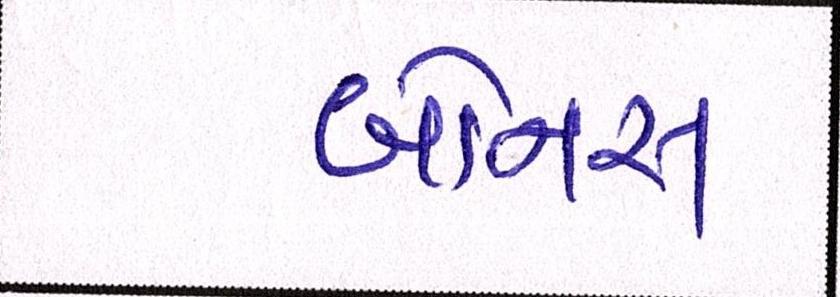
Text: બોનસ